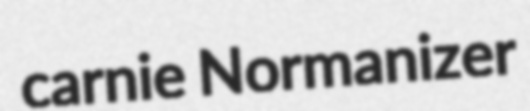
carnie Normanizer